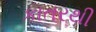
કાતરથી